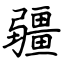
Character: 疆